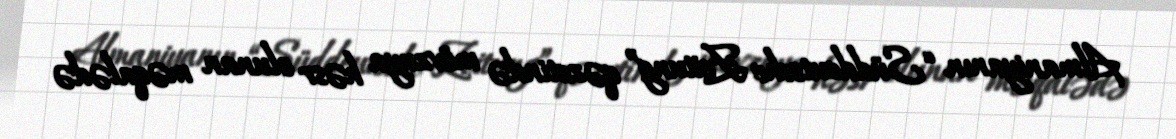
Almaniyanın “Süddeutsche Zeitung” qəzetində mövzuya həsr olunan məqalədə